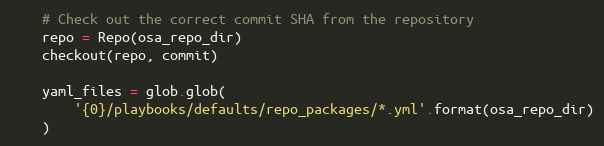
Language: Python
    # Check out the correct commit SHA from the repository
    repo = Repo(osa_repo_dir)
    checkout(repo, commit)

    yaml_files = glob.glob(
        '{0}/playbooks/defaults/repo_packages/*.yml'.format(osa_repo_dir)
    )